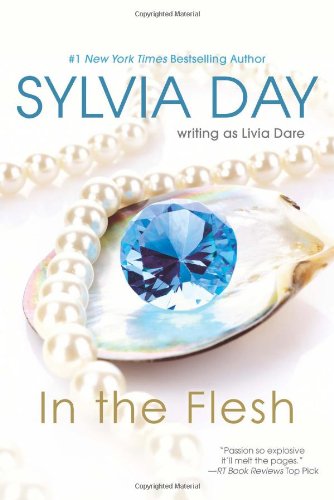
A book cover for In The Flesh; Livia Dare; Romance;